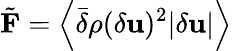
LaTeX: \tilde{\mathbf F}=\left\langle\bar{\delta}\rho(\delta{\mathbf u})^{2}|\delta{\mathbf u}|\right\rangle